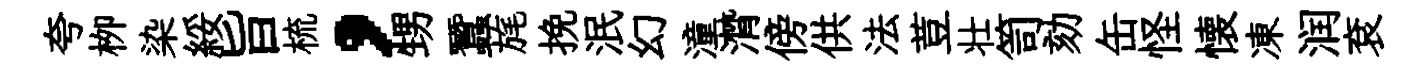
夸栁染綏旨梳，甥蠶旄挽泯幻潼潸傍供法荳壮笥劾缶怪懐凍润袞